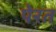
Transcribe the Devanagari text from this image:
पेरत